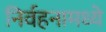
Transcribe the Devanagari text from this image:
निर्वहनामध्ये